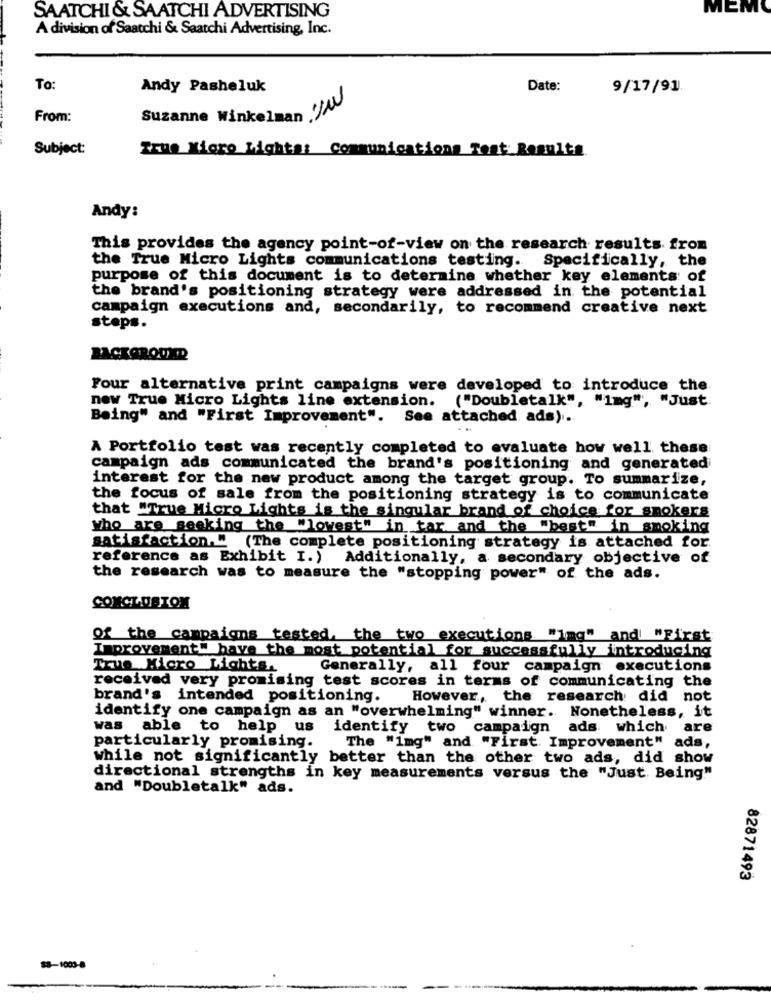
MEMO
SAATCHI & SAATCHI ADVERTISING
A division of Saatchi & Saatchi Advertising, Inc.
To:
Andy Pasheluk
Date:
9/17/91
From:
Suzanne Winkelman Ju
Subject:
True Micro Lighte: Communications Test Results.
Andy:
This provides the agency point-of-view on the research results from
the True Micro Lights communications testing. Specifically, the
purpose of this document is to determine whether key elements of
the brand's positioning strategy were addressed in the potential
campaign executions and, secondarily, to recommend creative next
steps.
BACKGROUND
Four alternative print campaigns were developed to introduce the
new True Micro Lights line extension. ("Doubletalk", "img", "Just.
Being" and "First Improvement". See attached ads).
A Portfolio test was recently completed to evaluate how well these
campaign ads communicated the brand's positioning and generated
interest for the new product among the target group. To summarize,
the focus of sale from the positioning strategy is to communicate
that "True Micro Lights is the singular brand of choice for smokers
who are seeking the Wlowest" in tar and the "best" in smoking
satisfaction." (The complete positioning strategy is attached for.
reference as Exhibit I.) Additionally, a secondary objective of
the research was to measure the "stopping power" of the ads.
CONCLUSION
of the campaigns tested, the two executions "img" and "First
Improvement" have the most potential for successfully introducing
True Micro Lights.
Generally, all four campaign executions
received very promising test scores in terms of communicating the
brand's intended positioning.
However, the research did not
identify one campaign as an "overwhelming" winner. Nonetheless, it
was able to help
us identify two campaign
ads which
are
particularly promising.
The "img" and "First. Improvement" ads,
while not significantly better than the other two ads, did show
directional strengths in key measurements versus the "Just. Being"
and "Doubletalk" ads.
82871493
88-1003-8